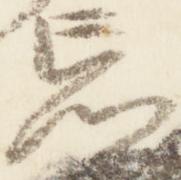
忘